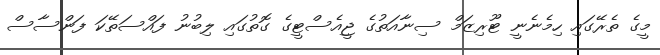
މީގެ ތެރޭގައި ހިމެނެނީ ޓޫރިޒަމް ސިނާއަތުގެ ޖީއެސްޓީގެ ގޮތުގައި ލިބުނު ފައްސަތޭކަ ފަންސާސް